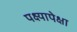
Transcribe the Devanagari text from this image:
पक्ष्यापेक्षा